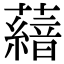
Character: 𮒨